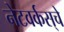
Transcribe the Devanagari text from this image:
नेटवर्कस्‌चे